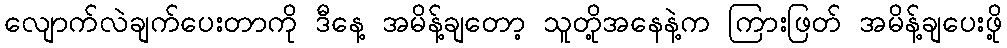
လျောက်လဲချက်ပေးတာကို ဒီနေ့ အမိန့်ချတော့ သူတို့အနေနဲ့က ကြားဖြတ် အမိန့်ချပေးဖို့